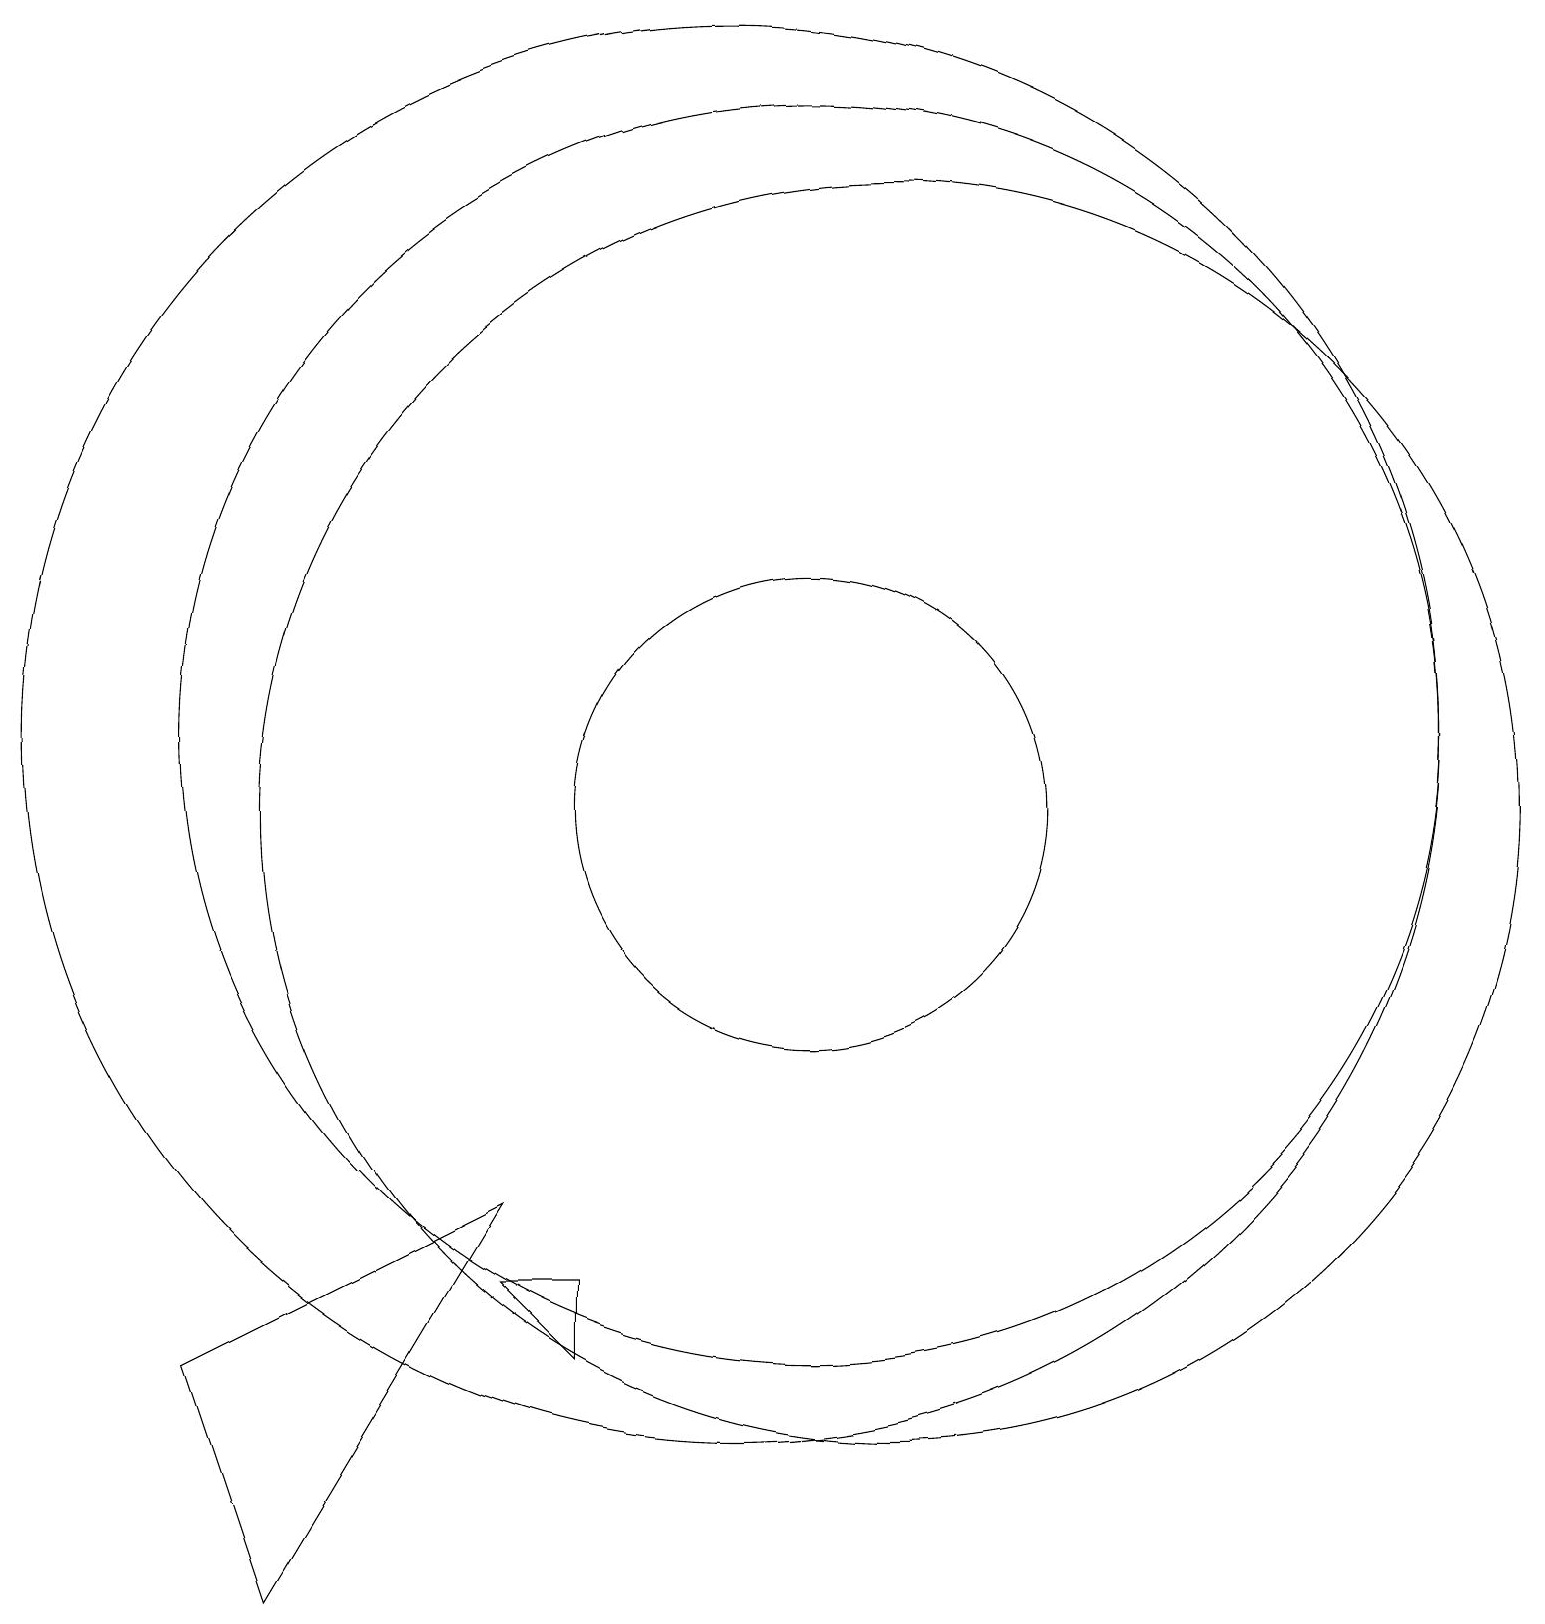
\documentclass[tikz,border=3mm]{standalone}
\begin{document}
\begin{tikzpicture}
\draw (11,11) circle (8);
\draw (7,4) -- (8,3) -- (8,4) -- cycle;
\draw (11,10) circle (3);
\draw (7,5) -- (4,0) -- (3,3) -- cycle;
\draw (10,11) circle (9);
\draw (12,10) circle (8);
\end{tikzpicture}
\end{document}